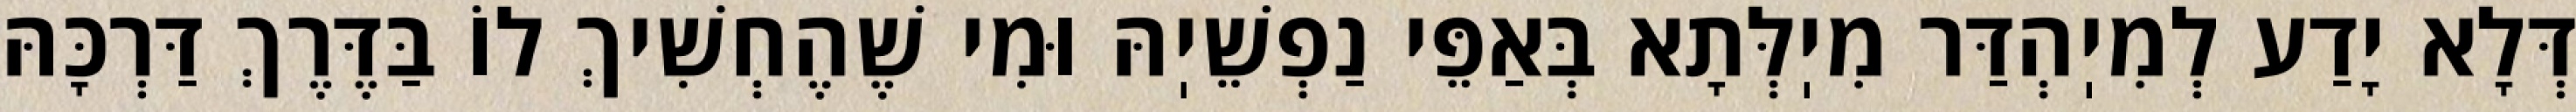
דְּלָא יָדַע לְמִיֽהְדַּר מִיֽלְּתָא בְּאַפֵּי נַפְשֵׁיֽהּ וּמִי שֶׁהֶחְשִׁיךְ לוֹ בַּדֶּרֶךְ דַּרְכָּהּ